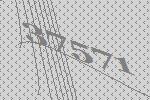
37571